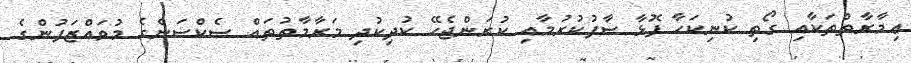
ޢިމާރާތްތަކާއި ގޯތި ކުނިކަހާ ފޮޅާ ސާފުކުރުމާއި ކުރަންޖެހޭ ކުދިކުދި މަރާމާތުތައް ސެކްސަންގެ މުވައްޒަފުންގެ